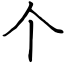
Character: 个